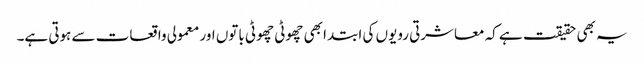
یہ بھی حقیقت ہے کہ معاشرتی رویوں کی ابتدا بھی چھوٹی چھوٹی باتوں اور معمولی واقعات سے ہوتی ہے۔